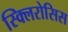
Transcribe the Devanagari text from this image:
स्क्लिरोसिस